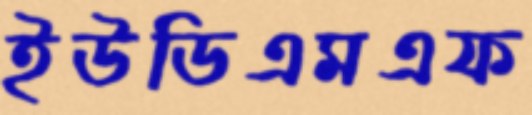
ইউডিএমএফ